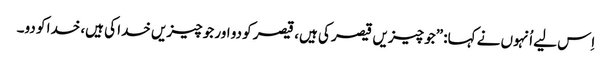
‏ اِس لیے اُنہوں نے کہا:‏ ”‏جو چیزیں قیصر کی ہیں،‏ قیصر کو دو اور جو چیزیں خدا کی ہیں،‏ خدا کو دو۔